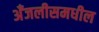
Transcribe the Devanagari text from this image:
अँजलीसमधील